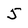
Character: 5